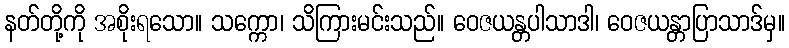
နတ်တို့ကို အစိုးရသော။ သက္ကော၊ သိကြားမင်းသည်။ ဝေဇယန္တပါသာဒါ၊ ဝေဇယန္တာပြာသာဒ်မှ။